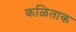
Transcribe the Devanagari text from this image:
कळिताक